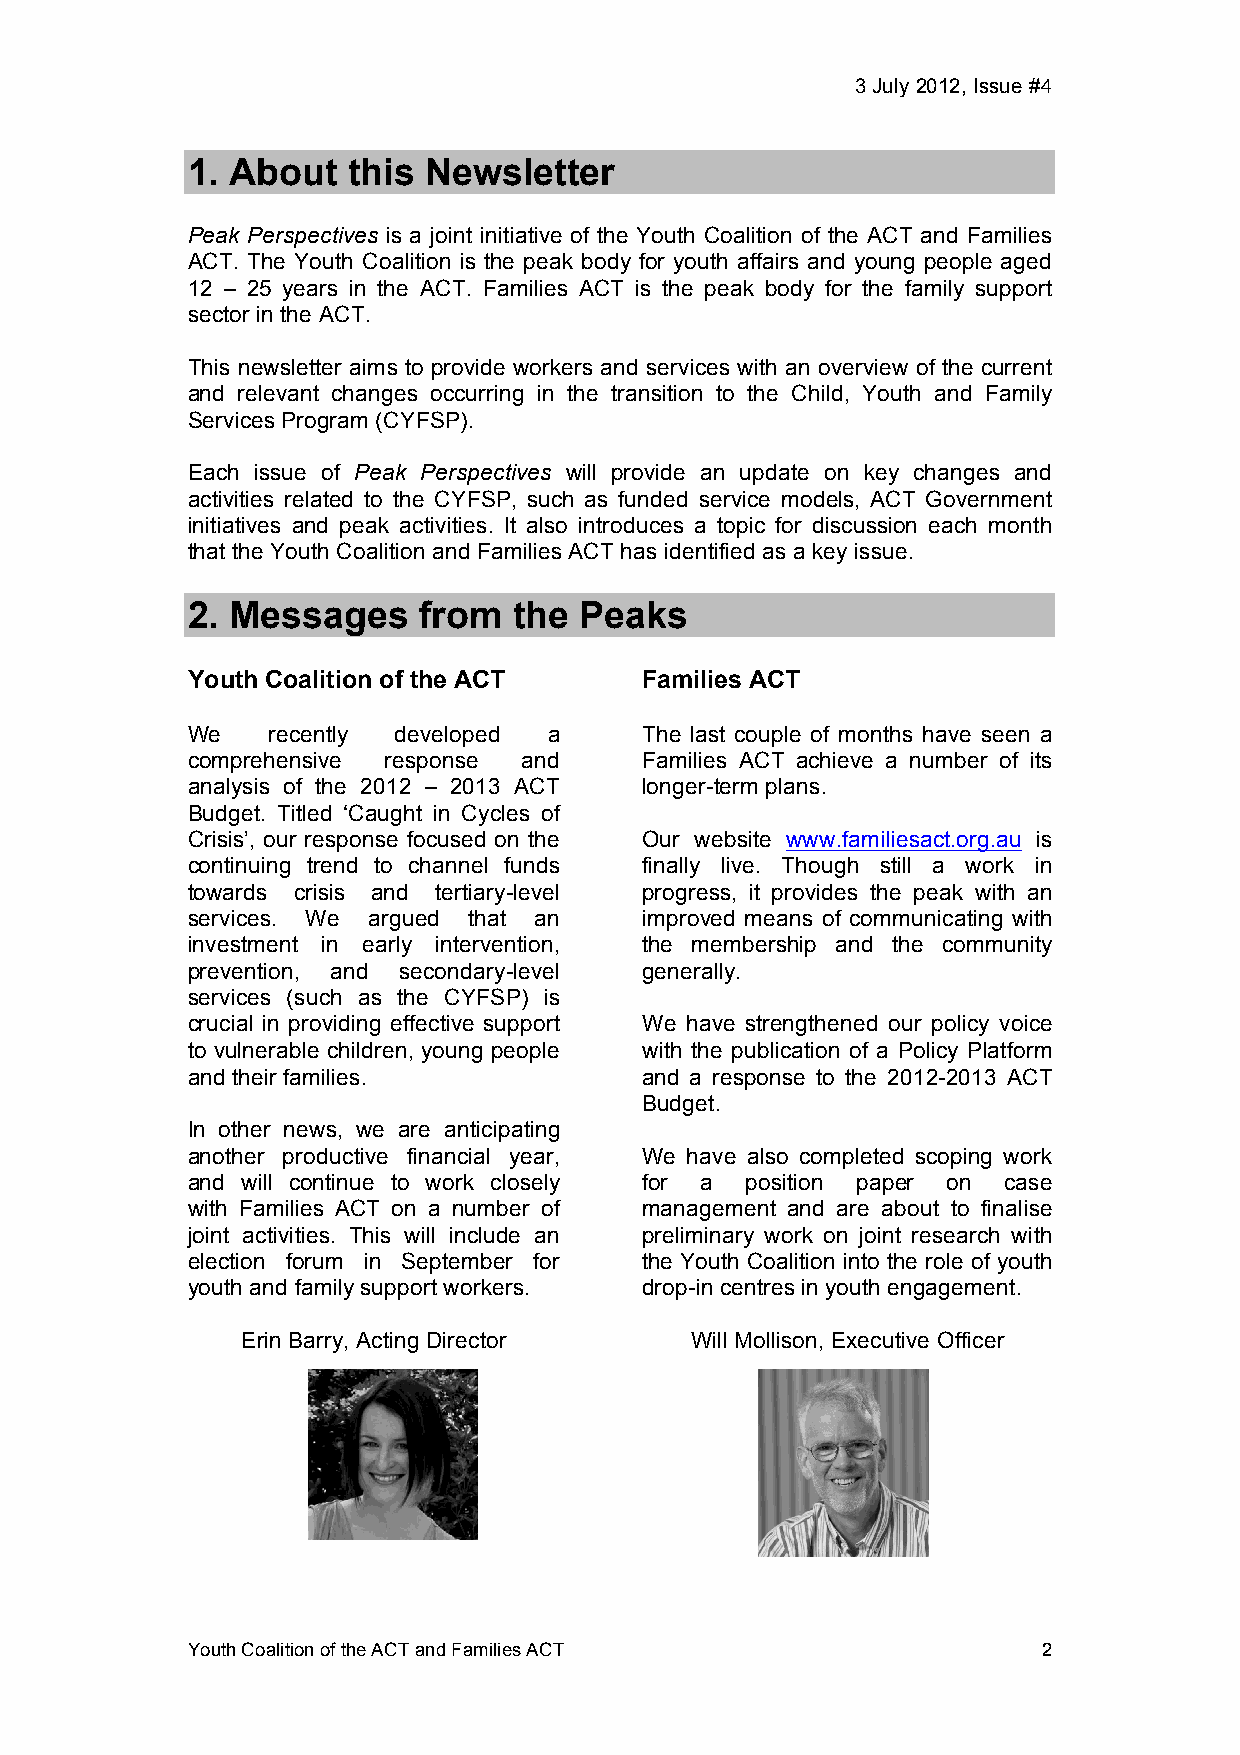
3 July 2012, Issue #4!
 1. About   this Newsletter
 Peak Perspectives is a joint initiative of the Youth Coalition of the ACT and Families
 ACT. The Youth Coalition is the peak body for youth affairs and young people aged
 12 – 25 years in the ACT. Families ACT is the peak body for the family support
 sector in the ACT.
 This newsletter aims to provide workers and services with an overview of the current
 and relevant changes occurring in the transition to the Child, Youth and Family
 Services Program (CYFSP).
 Each issue of Peak Perspectives will provide an update on key changes and
 activities related to the CYFSP, such as funded service models, ACT Government
 initiatives and peak activities. It also introduces a topic for discussion each month
 that the Youth Coalition and Families ACT has identified as a key issue.
 2. Messages     from  the Peaks
 Youth Coalition of the ACT     Families ACT
 We    recently developed a     The last couple of months have seen a
 comprehensive response and     Families ACT achieve a number of its
 analysis of the 2012 – 2013 ACT longer-term plans.
 Budget. Titled ‘Caught in Cycles of
 Crisis’, our response focused on the Our website www.familiesact.org.au is
 continuing trend to channel funds finally live. Though still a work in
 towards crisis and tertiary-level progress, it provides the peak with an
 services. We argued that an    improved means of communicating with
 investment in early intervention, the membership and the community
 prevention, and secondary-level generally.
 services (such as the CYFSP) is
 crucial in providing effective support We have strengthened our policy voice
 to vulnerable children, young people with the publication of a Policy Platform
 and their families.            and a response to the 2012-2013 ACT
 Budget.
 In other news, we are anticipating
 another productive financial year, We have also completed scoping work
 and will continue to work closely for a position paper on case
 with Families ACT on a number of management and are about to finalise
 joint activities. This will include an preliminary work on joint research with
 election forum in September for the Youth Coalition into the role of youth
 youth and family support workers. drop-in centres in youth engagement.
 Erin Barry, Acting Director   Will Mollison, Executive Officer
 Youth Coalition of the ACT and Families ACT              2!